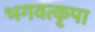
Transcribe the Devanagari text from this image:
भगवत्कृपा